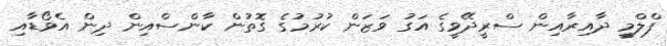
ފްލްމީ ދާއިރާއިން ސްރީދޭވީގެ އަގު ވަޒަން ކުރުމުގެ ގޮތުން ކާންސްއިން ދިން އެވޯޑާއި